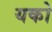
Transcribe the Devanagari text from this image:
यको